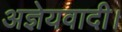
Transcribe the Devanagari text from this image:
अज्ञेयवादी।